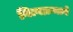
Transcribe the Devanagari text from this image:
नित्यक्रमाने